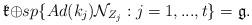
LaTeX: \begin{align*}\mathfrak{k\oplus }sp\{Ad(k_{j})\mathcal{N}_{Z_{j}}:j=1,...,t\}=\mathfrak{g.}\end{align*}